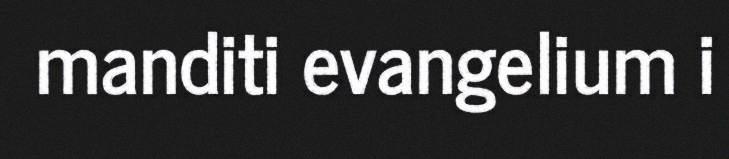
manditi evangelium i